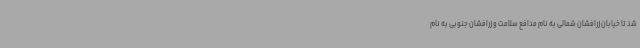
شد تا خیابان زرافشان شمالی به نام مدافع سلامت و زرافشان جنوبی به نام